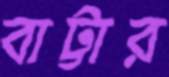
বাট্টার